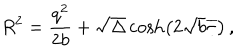
R ^ { 2 } = \frac { q ^ { 2 } } { 2 b } + \sqrt { \Delta } \cosh \left( 2 \sqrt { b } \overline { { { \tau } } } \right) \, ,